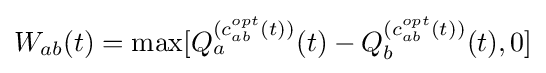
W_{ab}(t)=\max[Q_{a}^{(c_{ab}^{opt}(t))}(t)-Q_{b}^{(c_{ab}^{opt}(t))}(t),0]